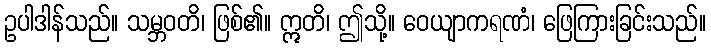
ဥပါဒါန်သည်။ သမ္ဘဝတိ၊ ဖြစ်၏။ ဣတိ၊ ဤသို့။ ဝေယျာကရဏံ၊ ဖြေကြားခြင်းသည်။